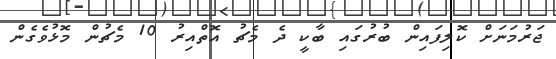
ޖަރުމަނަށް ކޮލިފައިން ބުރުގައި ބާކީ ދެ މެޗު އޮތްއިރު 10 މެޗުން މޮޅުވެގެން